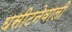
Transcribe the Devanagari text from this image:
घसीटनेवाली